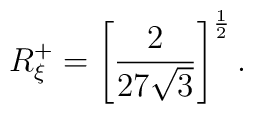
R^{+}_{\xi}=\left[\frac{2}{27 \sqrt{3}}\right]^{\frac{1}{2}}.